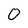
Character: O